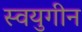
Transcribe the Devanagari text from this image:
स्वयुगीन